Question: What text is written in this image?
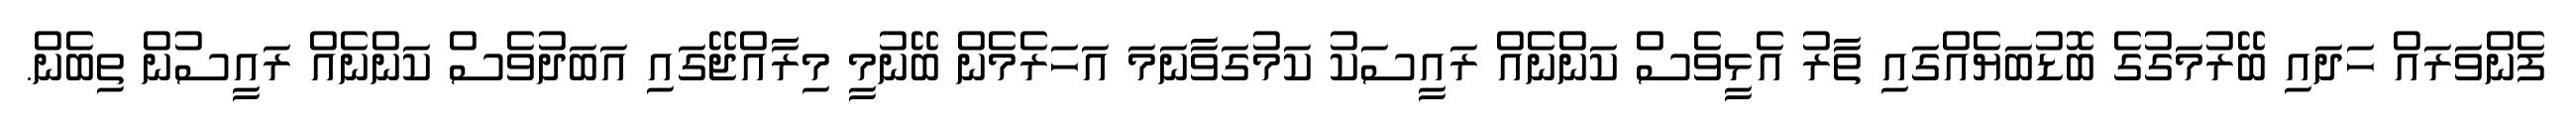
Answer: ފެންވަރައް ހަދައި ބޭރުމަގުގެ ބޮޑުބަޔެއްގައި ތާރު އެޅީވެސް ކަންނެއް ރައީސަކު ކަމުގަވާނަމަ އަހަރެމެން ބޭނުމީ މިރާއްޖޭގައި އަބަދުވެސް ކަންނެއް ރައީސުން ތިބެން.